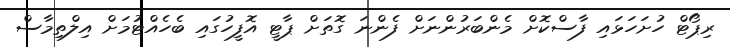
ރިޕޯޓް ހުށަހަޅައި ފާސްކޮށް މެންބަރުންނަށް ފެންނަ ގޮތަށް ޕާޓީ އޮފީހުގައި ބެހެއްޓުމަށް އިލްތިމާސް